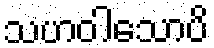
သဟဝါသောပိ